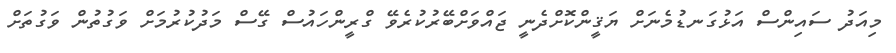
މިއަދު ސައިންސް އަޅުގަނޑުމެނަށް ޔަޤީންކޮށްދެނީ ޖައްވަށްބޭރުކުރެވޭ ގްރީންހައުސް ގޭސް މަދުކުރުމަށް ވަގުތުން ވަގުތަށް